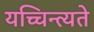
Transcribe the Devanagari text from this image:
यच्चिन्त्यते